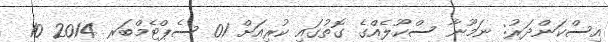
އިސްކަންދަރު: ނަމޫނާ ސްކޫލެއްގެ ގޮތުގައި ކުރިއަށް 01 ސެޕްޓެމްބަރ 2014 10